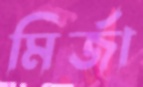
মির্জা